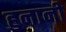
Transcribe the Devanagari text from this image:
हुनानी